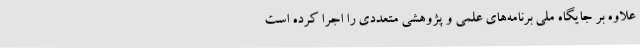
علاوه بر جایگاه ملی برنامه‌های علمی و پژوهشی متعددی را اجرا کرده است